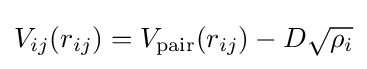
V_{ij}(r_{ij})=V_{\mathrm {pair} }(r_{ij})-D{\sqrt {\rho _{i}}}